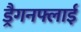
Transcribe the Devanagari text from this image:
ड्रैगनफ्लाई